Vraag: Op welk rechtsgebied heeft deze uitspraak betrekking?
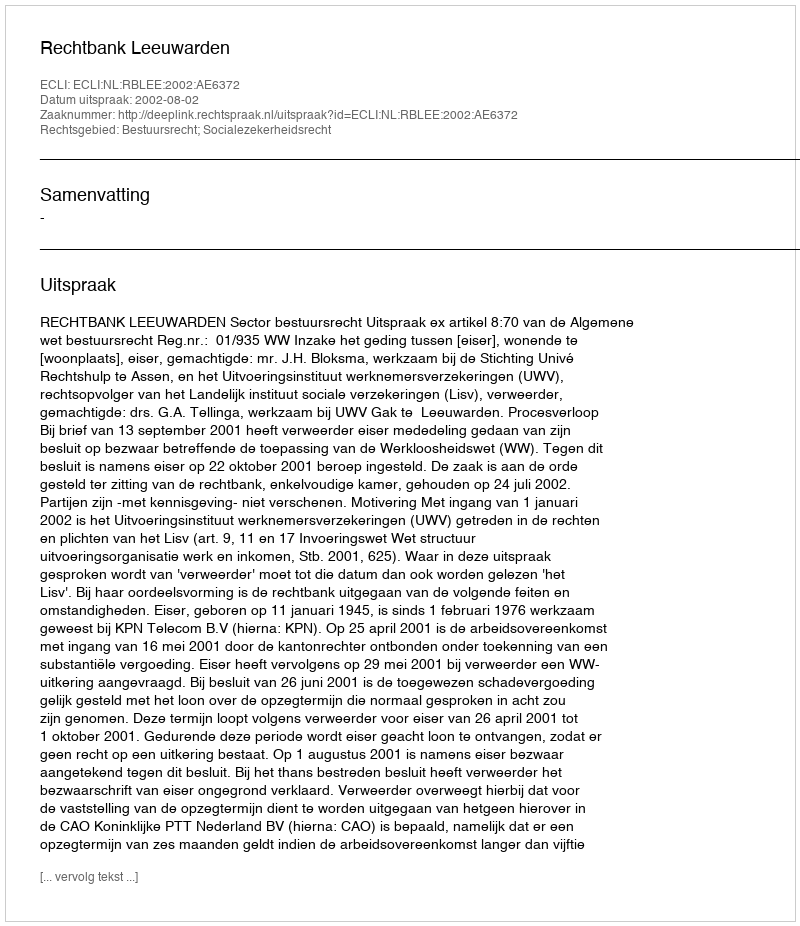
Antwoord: Bestuursrecht; Socialezekerheidsrecht